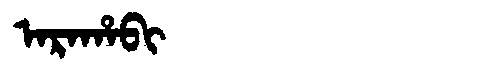
Manchu: ᠠᡵᠠᡥᠠᠪᡳ
Romanization: ARAHABI